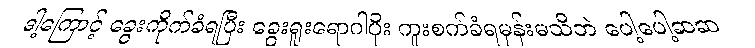
ဒါ့ကြောင့် ခွေးကိုက်ခံရပြီး ခွေးရူးရောဂါပိုး ကူးစက်ခံရမှန်းမသိဘဲ ပေါ့ပေါ့ဆဆ